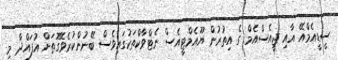
ސީޑީއެމްއޭ އާއި ޖީއެސްއެމް ގެ އިތުރުން ޔޫއެމްޓީއެސް ނެޓްވާކްތަކުގައިވެސް ބޭނުންކުރެވޭގޮތަށް އުފައްދާ މި